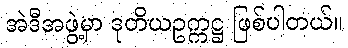
အဲဒီအဖွဲ့မှာ ဒုတိယဥက္ကဋ္ဌ ဖြစ်ပါတယ်။